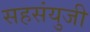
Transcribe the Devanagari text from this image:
सहसंयुजी